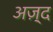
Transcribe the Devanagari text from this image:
अज़्द